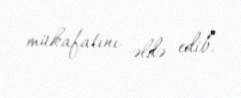
mükafatını əldə edib.